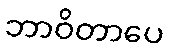
ဘာဝိတာပေ